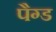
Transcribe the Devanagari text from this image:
पैग्ड